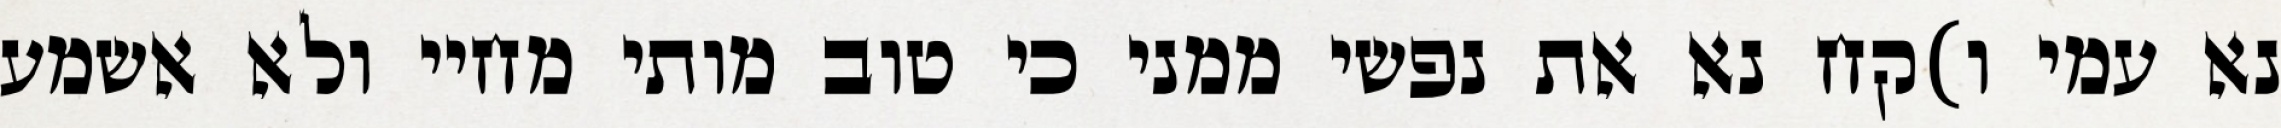
נא עמי ו)קח נא את נפשי ממני כי טוב מותי מחיי ולא אשמע